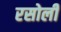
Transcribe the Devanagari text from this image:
रसोली